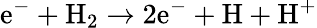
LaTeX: \textrm{e}^{-}+\textrm{H}_{2}\rightarrow 2\textrm{e}^{-}+\textrm{H}+\textrm{H}^{+}